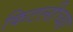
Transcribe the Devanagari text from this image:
किटलीच्या